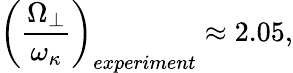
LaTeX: \left({\frac{\Omega_{\perp}}{\omega_{\kappa}}}\right)_{experiment}\approx 2.05,